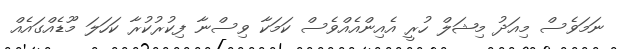
ނަމަވެސް މިއަދު މިޝަލް ހުރީ އެއިންއެއްވެސް ކަމަކާ ވިސްނާ ފިކުރުކުރާ ކަހަލަ މޫޑެއްގައެއް